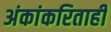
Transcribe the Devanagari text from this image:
अंकांकरिताही